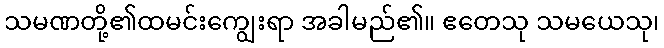
သမဏတို့၏ထမင်းကျွေးရာ အခါမည်၏။ ဧတေသု သမယေသု၊